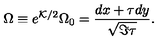
\Omega \equiv e ^ { { \cal K } / 2 } \Omega _ { 0 } = { \frac { d x + \tau d y } { \sqrt { \Im \tau } } } .